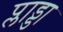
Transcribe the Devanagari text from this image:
प्लाड्डा